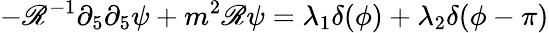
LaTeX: -\mathscr{R}^{-1}\partial_{5}\partial_{5}\psi+m^{2}\mathscr{R}\psi=\lambda_{1}\delta(\phi)+\lambda_{2}\delta(\phi-\pi)